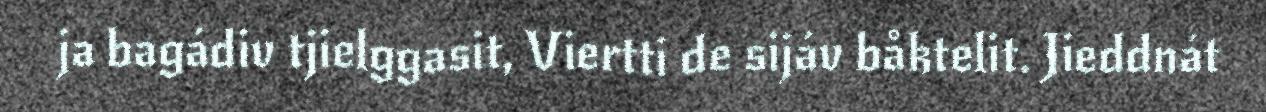
ja bagádiv tjielggasit, Viertti de sijáv båktelit. Jieddnát